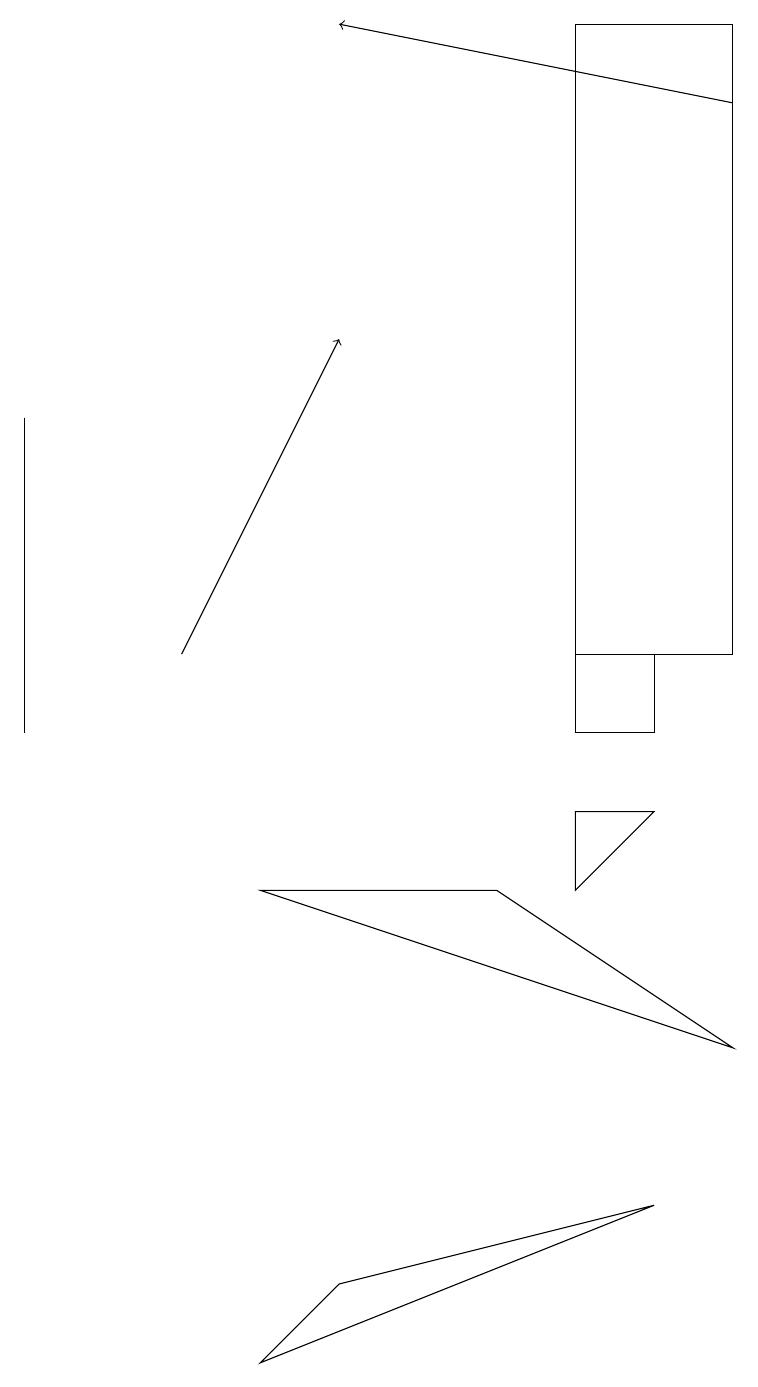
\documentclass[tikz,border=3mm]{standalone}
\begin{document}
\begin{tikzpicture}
\draw (7,11) rectangle (8,10);
\draw (7,19) rectangle (9,11);
\draw (8,4) -- (3,2) -- (4,3) -- cycle;
\draw (6,8) -- (9,6) -- (3,8) -- cycle;
\draw (7,9) -- (7,8) -- (8,9) -- cycle;
\draw[->] (2,11) -- (4,15);
\draw[->] (9,18) -- (4,19);
\draw (0,14) rectangle (0,10);
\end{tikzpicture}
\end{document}